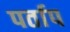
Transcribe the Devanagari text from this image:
पर्ताप